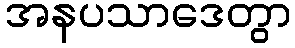
အနပသာဒေတွာ